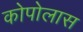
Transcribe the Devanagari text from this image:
कोपोलास